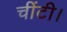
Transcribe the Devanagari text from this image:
चींटी।